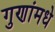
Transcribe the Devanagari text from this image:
गुणांमधे